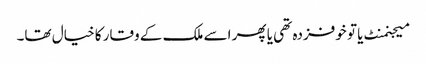
میجنمنٹ یا تو خوفزدہ تھی یا پھر اسے ملک کے وقار کا خیال تھا۔